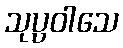
သုပ္ပဝါသေ